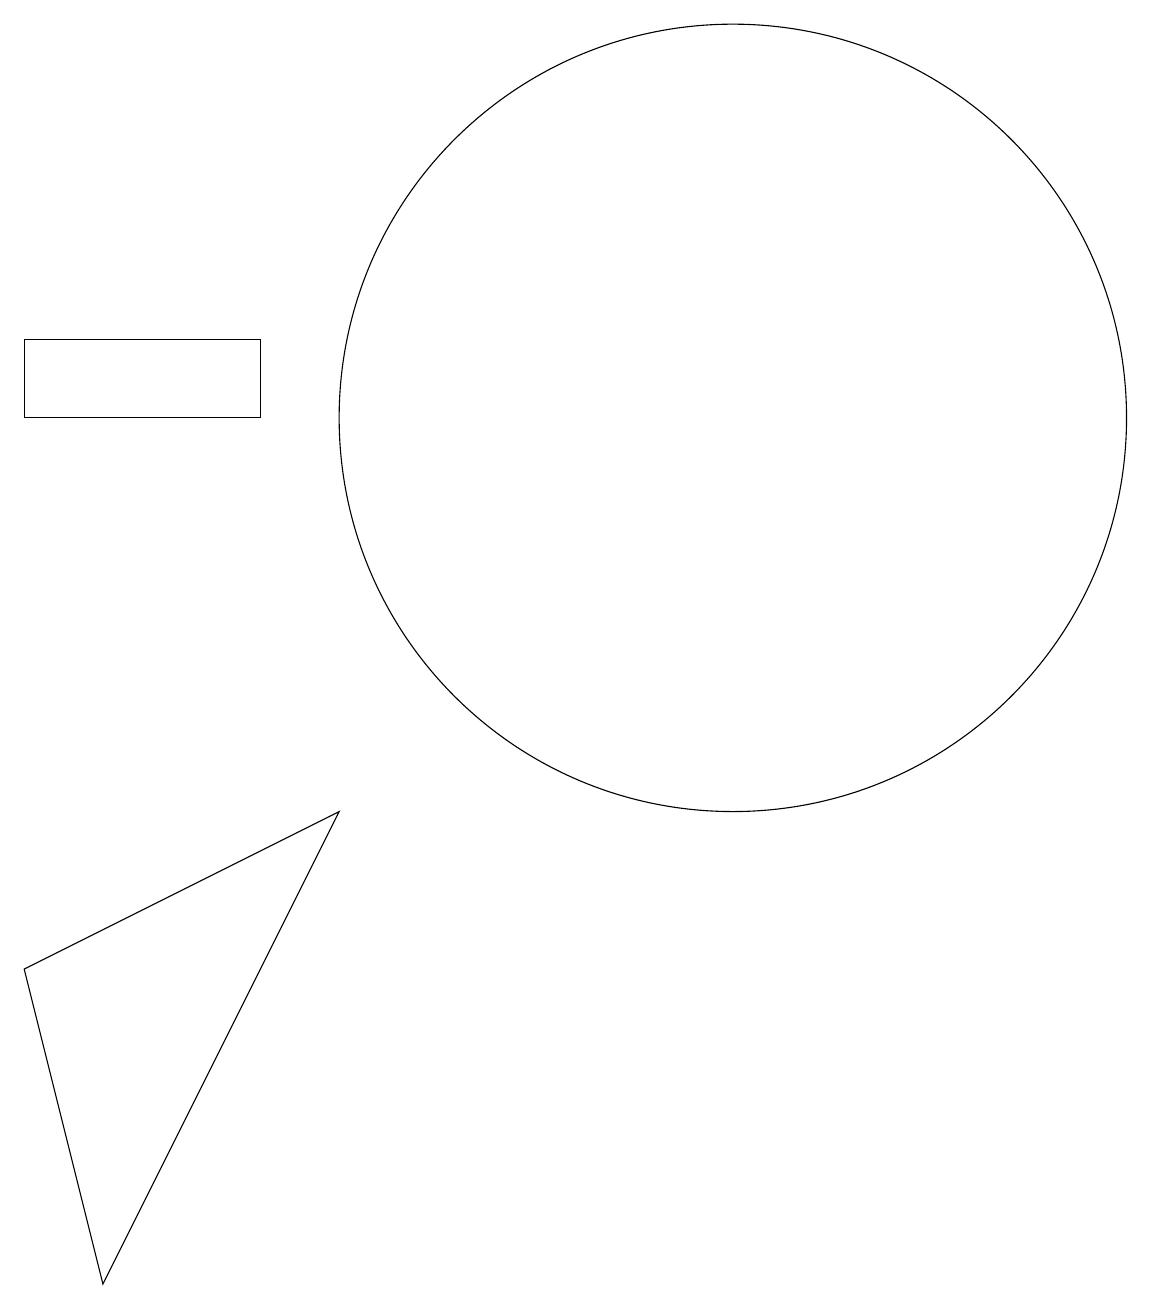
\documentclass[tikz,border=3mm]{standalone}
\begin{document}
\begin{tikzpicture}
\draw (10,11) circle (5);
\draw (1,4) -- (5,6) -- (2,0) -- cycle;
\draw (1,12) rectangle (4,11);
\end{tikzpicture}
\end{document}